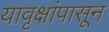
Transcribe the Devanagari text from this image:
यावृक्षांपासून